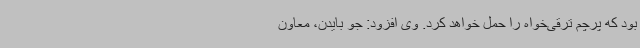
بود که پرچم ترقی‌خواه را حمل خواهد کرد. وی افزود: جو بایدن، معاون